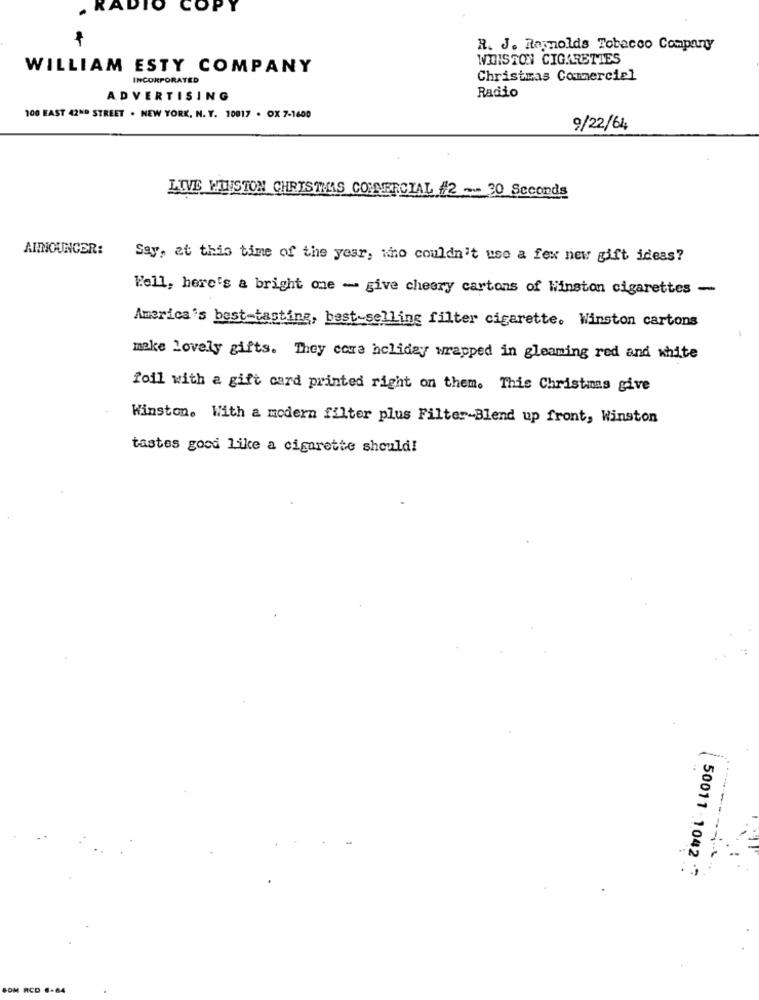
OP
R. J. Reynolds Tobacco Company
WINSTON CIGARETTES
WILLIAM ESTY COMPANY
INCORPORATED
Christmas Commercial
Radio
ADVERTISING
100 FAST 42ND STREET . NEW YORK, N. Y. 10017 . OX 7-1600
9/22/64
LIVE WINSTON CHRISTMAS COMMERCIAL #2 - 30 Seconds
ANNOUNCER:
Say, at this time of the year, who couldn't use a few new gift ideas?
Well, here's a bright one - give cheery cartons of Winston cigarettes -
America's best-tasting, best-selling filter cigarette. Winston cartons
make Lovely gifts. They cora hclidey wrapped in gleaming red and white
foil with a gift card printed right on them. This Christmas give
Winston. With a modern filter plus Filter-Blend up front, Winston
tastes good like a cigarette should!
-----
50011 .1042 7
SOM RCD .- 84